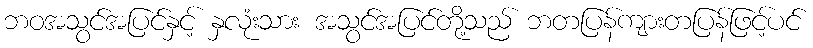
ဘဝအသွင်အပြင်နှင့် နှလုံးသား အသွင်အပြင်တို့သည် ဘတပြန်ကျားတပြန်ဖြင့်ပင်